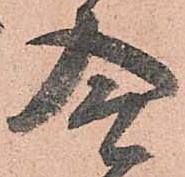
合